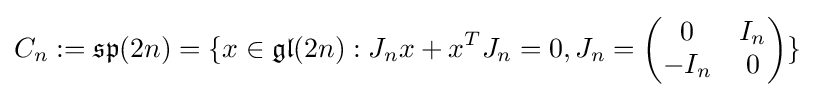
C_{n}:={\mathfrak {sp}}(2n)=\{x\in {\mathfrak {gl}}(2n):J_{n}x+x^{T}J_{n}=0,J_{n}={\begin{pmatrix}0&I_{n}\\-I_{n}&0\end{pmatrix}}\}